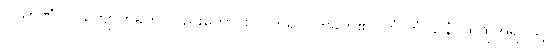
ပါသာဏံ ဝါ၊ ကျောက်ခဲကို လည်းကောင်း။ ပဟရိ၊ ပုတ်ခတ်၏။ တံ တံ ဌာနံ၊ ထိုထိုအရပ်သို့။